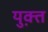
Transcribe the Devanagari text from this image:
युक्त़